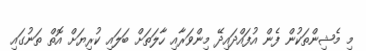
މި މެޝިންތަކުން ފެން އުފައްދައިދޭ މިންވަރާއި ހާލަތަށް ބަލައި ކުރިޔަށް އޮތް ތަނުގައި